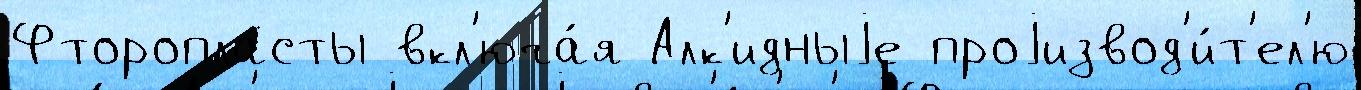
Фторопласты вкл'юча́я Алк'идныjе проjизвод'и́т'ел'ю